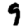
Digit: 9